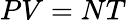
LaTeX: PV=NT